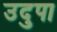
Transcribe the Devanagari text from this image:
उदुपा